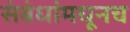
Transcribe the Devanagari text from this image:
संबंधांमधूनच